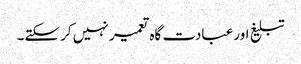
تبلیغ اورعبادت گاہ تعمیر نہیں کرسکتے۔